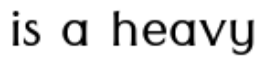
is a heavy